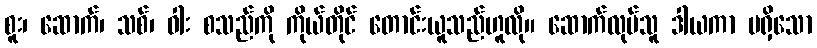
စူး၊ ဆောက်၊ သစ်၊ ဝါး စသည်ကို ကိုယ်တိုင် တောင်းယူသည်ဟူလို။ ဆောက်လုပ်သူ ဒါယကာ မရှိသော